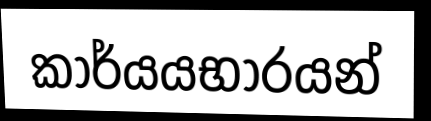
කාර්යයභාරයන්